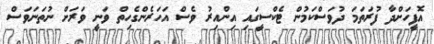
އޮފީހަށްދާ ފުރަތަމަ ދުވަސްކަމުން ޓެކްސީގައި އިންއިރު ވެސް އަހަރެންގެހިތް ވަނީ ވަރަށް ނުތަނަވަސް